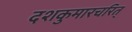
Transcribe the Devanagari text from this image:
दशकुमारचरित्‌